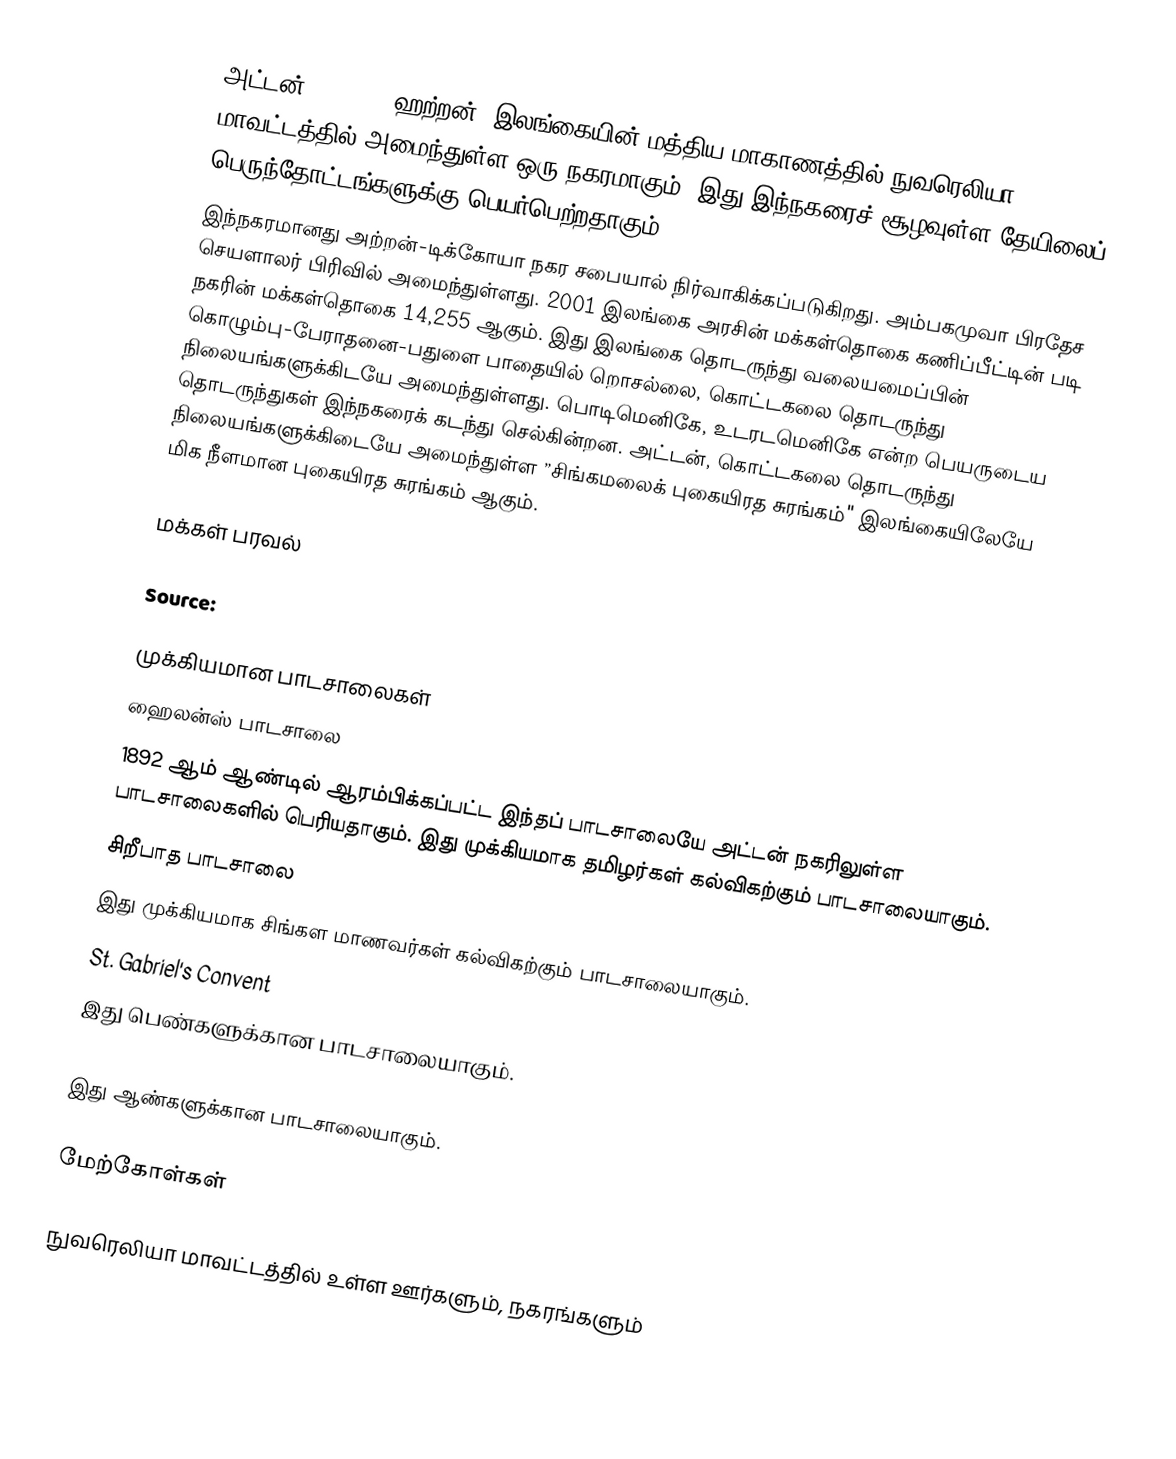
அட்டன் (Hatton, ஹற்றன்) இலங்கையின் மத்திய மாகாணத்தில் நுவரெலியா மாவட்டத்தில் அமைந்துள்ள ஒரு நகரமாகும். இது இந்நகரைச் சூழவுள்ள தேயிலைப் பெருந்தோட்டங்களுக்கு பெயர்பெற்றதாகும்.
இந்நகரமானது அற்றன்-டிக்கோயா நகர சபையால் நிர்வாகிக்கப்படுகிறது. அம்பகமுவா பிரதேச செயளாலர் பிரிவில் அமைந்துள்ளது. 2001 இலங்கை அரசின் மக்கள்தொகை கணிப்பீட்டின் படி நகரின் மக்கள்தொகை 14,255 ஆகும். இது இலங்கை தொடருந்து வலையமைப்பின் கொழும்பு-பேராதனை-பதுளை பாதையில் றொசல்லை, கொட்டகலை தொடருந்து நிலையங்களுக்கிடயே அமைந்துள்ளது. பொடிமெனிகே, உடரடமெனிகே என்ற பெயருடைய தொடருந்துகள் இந்நகரைக் கடந்து செல்கின்றன. அட்டன், கொட்டகலை தொடருந்து நிலையங்களுக்கிடையே அமைந்துள்ள ”சிங்கமலைக் புகையிரத சுரங்கம்" இலங்கையிலேயே மிக நீளமான புகையிரத சுரங்கம் ஆகும்.

மக்கள் பரவல்

Source:

முக்கியமான பாடசாலைகள்
 ஹைலன்ஸ் பாடசாலை
1892 ஆம் ஆண்டில் ஆரம்பிக்கப்பட்ட இந்தப் பாடசாலையே அட்டன் நகரிலுள்ள பாடசாலைகளில் பெரியதாகும். இது முக்கியமாக தமிழர்கள் கல்விகற்கும் பாடசாலையாகும்.
 சிறீபாத பாடசாலை
இது முக்கியமாக சிங்கள மாணவர்கள் கல்விகற்கும் பாடசாலையாகும்.
 St. Gabriel's Convent
இது பெண்களுக்கான பாடசாலையாகும்.
 St. John Bosco's College
இது ஆண்களுக்கான பாடசாலையாகும்.

மேற்கோள்கள்

நுவரெலியா மாவட்டத்தில் உள்ள ஊர்களும், நகரங்களும்